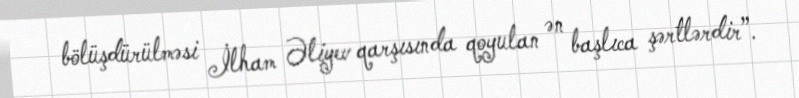
bölüşdürülməsi İlham Əliyev qarşısında qoyulan ən başlıca şərtlərdir”.